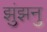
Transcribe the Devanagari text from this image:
झुंझनु